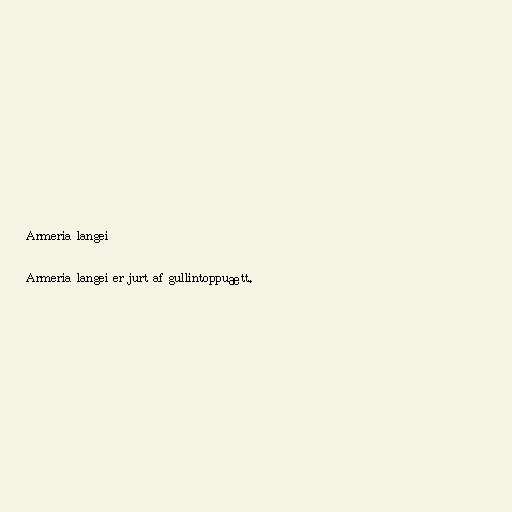
Armeria langei

Armeria langei er jurt af gullintoppuætt.